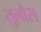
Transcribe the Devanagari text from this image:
तुलौस